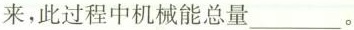
来，此过程中机械能总量___。